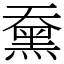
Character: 䵡